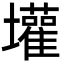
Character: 壦